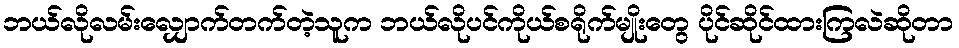
ဘယ်လိုလမ်းလျှောက်တက်တဲ့သူက ဘယ်လိုပင်ကိုယ်စရိုက်မျိုးတွေ ပိုင်ဆိုင်ထားကြလဲဆိုတာ